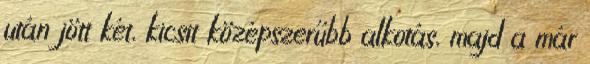
után jött két, kicsit középszerűbb alkotás, majd a már